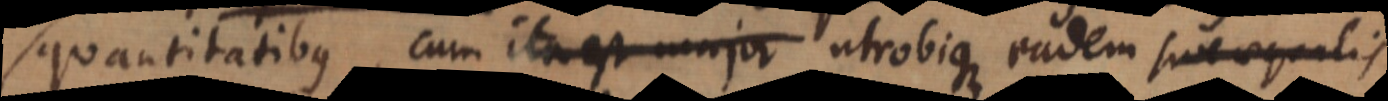
quantitatibus, cum ita est major utrobique eadem sive aequalis